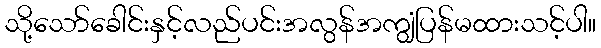
သို့သော်ခေါင်းနှင့်လည်ပင်းအလွန်အကျွံပြန်မထားသင့်ပါ။